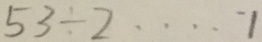
5 3 \div 2 \cdots 1